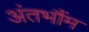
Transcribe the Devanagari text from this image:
अंतभौंम